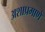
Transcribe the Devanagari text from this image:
अशाप्रमाणे